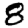
Digit: 8